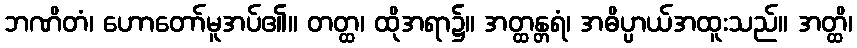
ဘဏိတံ၊ ဟောတော်မူအပ်၏။ တတ္ထ၊ ထိုအရာ၌။ အတ္ထန္တရံ၊ အဓိပ္ပာယ်အထူးသည်။ အတ္ထိ၊